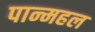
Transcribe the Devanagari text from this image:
पान्महल